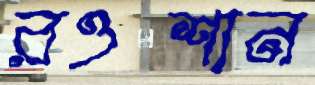
রওশান